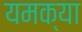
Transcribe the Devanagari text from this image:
यमक्या